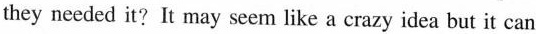
if they needed it?It may scem like a erazy idea but it can